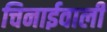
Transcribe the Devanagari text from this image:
चिनाईवाली